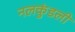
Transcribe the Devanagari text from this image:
नलकुंडली